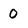
Character: 0